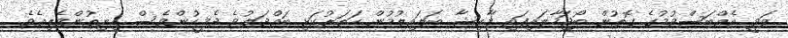
ޒަވީ އެއްބަސްވުމުގެ ގޮތުން ބޯޖަހާލައިފައި މާއިޝާ ބަލައިލުމުން ހަތަރުކަޅި ބައްދަލުވެ ދެމީހުންވެސް ހިނިތުންވެލިއެވެ.